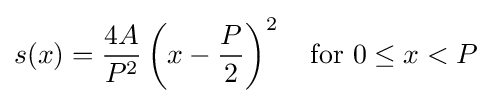
s(x)={\frac {4A}{P^{2}}}\left(x-{\frac {P}{2}}\right)^{2}\quad {\text{for }}0\leq x<P